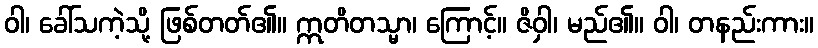
ဝါ၊ ခေါ်သကဲ့သို့ ဖြစ်တတ်၏။ ဣတိတသ္မာ၊ ကြောင့်။ ဇိဝှါ၊ မည်၏။ ဝါ၊ တနည်းကား။